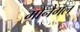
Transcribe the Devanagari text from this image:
मोनैगल